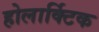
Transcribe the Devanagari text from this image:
होलार्क्टिक